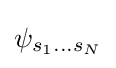
\psi _{s_{1}...s_{N}}